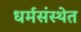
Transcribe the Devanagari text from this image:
धर्मसंस्थेत